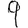
Digit: 9